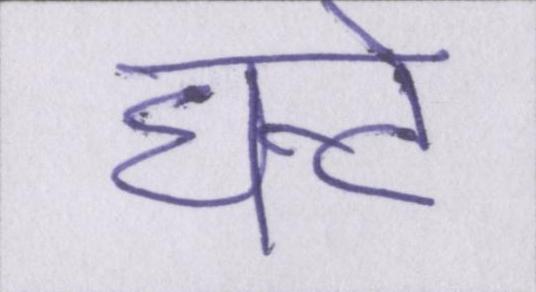
घन्टे